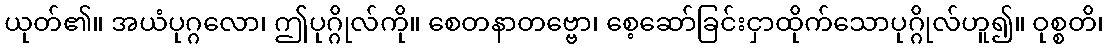
ယုတ်၏။ အယံပုဂ္ဂလော၊ ဤပုဂ္ဂိုလ်ကို။ စေတနာတဗ္ဗော၊ စေ့ဆော်ခြင်းငှာထိုက်သောပုဂ္ဂိုလ်ဟူ၍။ ဝုစ္စတိ၊